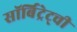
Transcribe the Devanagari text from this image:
सॉर्बिट्रेट्ची